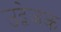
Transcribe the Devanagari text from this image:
उद्वेजक